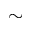
\sim